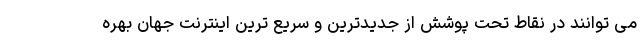
می توانند در نقاط تحت پوشش از جدیدترین و سریع ترین اینترنت جهان بهره